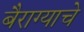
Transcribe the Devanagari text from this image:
बैराग्याचे